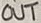
Text: Out